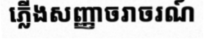
ភ្លើងសញ្ញាចរាចរណ៍